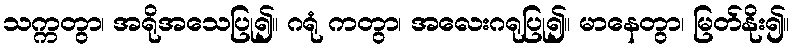
သက္ကတွာ၊ အရိုအသေပြု၍။ ဂရုံ ကတွာ၊ အလေးဂရုပြု၍။ မာနေတွာ၊ မြတ်နိုး၍။